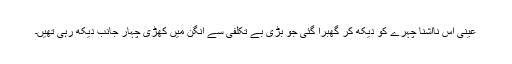
عینی اس ناآشنا چہرے کو دیکھ کر گھبرا گئی جو بڑی بے تکلفی سے آنگن میں کھڑی چہار جانب دیکھ رہی تھیں۔